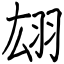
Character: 翃